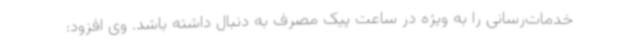
خدمات‌رسانی را به ویژه در ساعت پیک مصرف به دنبال داشته باشد. وی افزود: